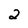
Character: 2